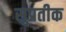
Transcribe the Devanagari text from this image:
सुप्रतीक